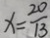
x = \frac { 2 0 } { 1 3 }